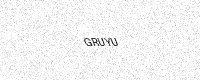
Text: GRUYU